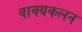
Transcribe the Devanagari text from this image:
वाक्यकलन